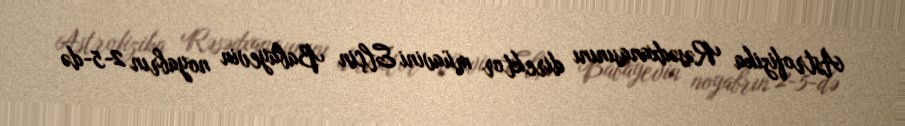
Astrofizika Rəsədxanasınını direktor müavini Elçin Babayevin noyabrın 2-5-də